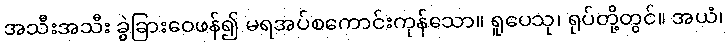
အသီးအသီး ခွဲခြားဝေဖန်၍ မရအပ်စကောင်းကုန်သော။ ရူပေသု၊ ရုပ်တို့တွင်။ အယံ၊